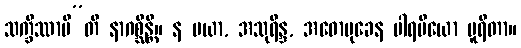
သက္ခိဿာမီ”တိ နာဂစ္ဆိန္တိ။ န မယာ, အသုရိန္ဒ, အဓောမုခေန ပါရမိယော ပူရိတာ။